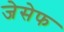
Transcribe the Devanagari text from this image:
जेसेफ